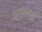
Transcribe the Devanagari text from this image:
अहमदची